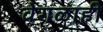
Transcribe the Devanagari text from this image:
वेगळाही